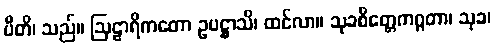
ပီတိ၊ သည်။ ဩဠာရိကတော ဥပဋ္ဌာသိ၊ ထင်လာ။ သုခစိတ္တေကဂ္ဂတာ၊ သုခ၊